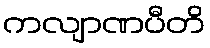
ကလျာဏပီတိ